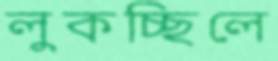
লুকচ্ছিলে